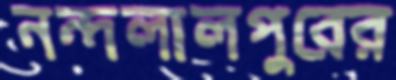
নন্দলালপুরের